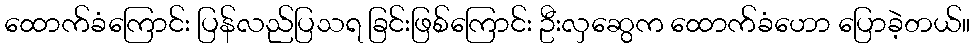
ထောက်ခံကြောင်း ပြန်လည်ပြသရ ခြင်းဖြစ်ကြောင်း ဦးလှဆွေက ထောက်ခံဟော ပြောခဲ့တယ်။